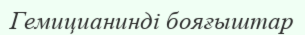
Гемицианинді бояғыштар